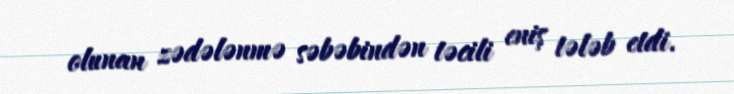
olunan zədələnmə səbəbindən təcili eniş tələb etdi.